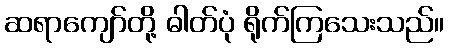
ဆရာကျော်တို့ ဓါတ်ပုံ ရိုက်ကြသေးသည်။